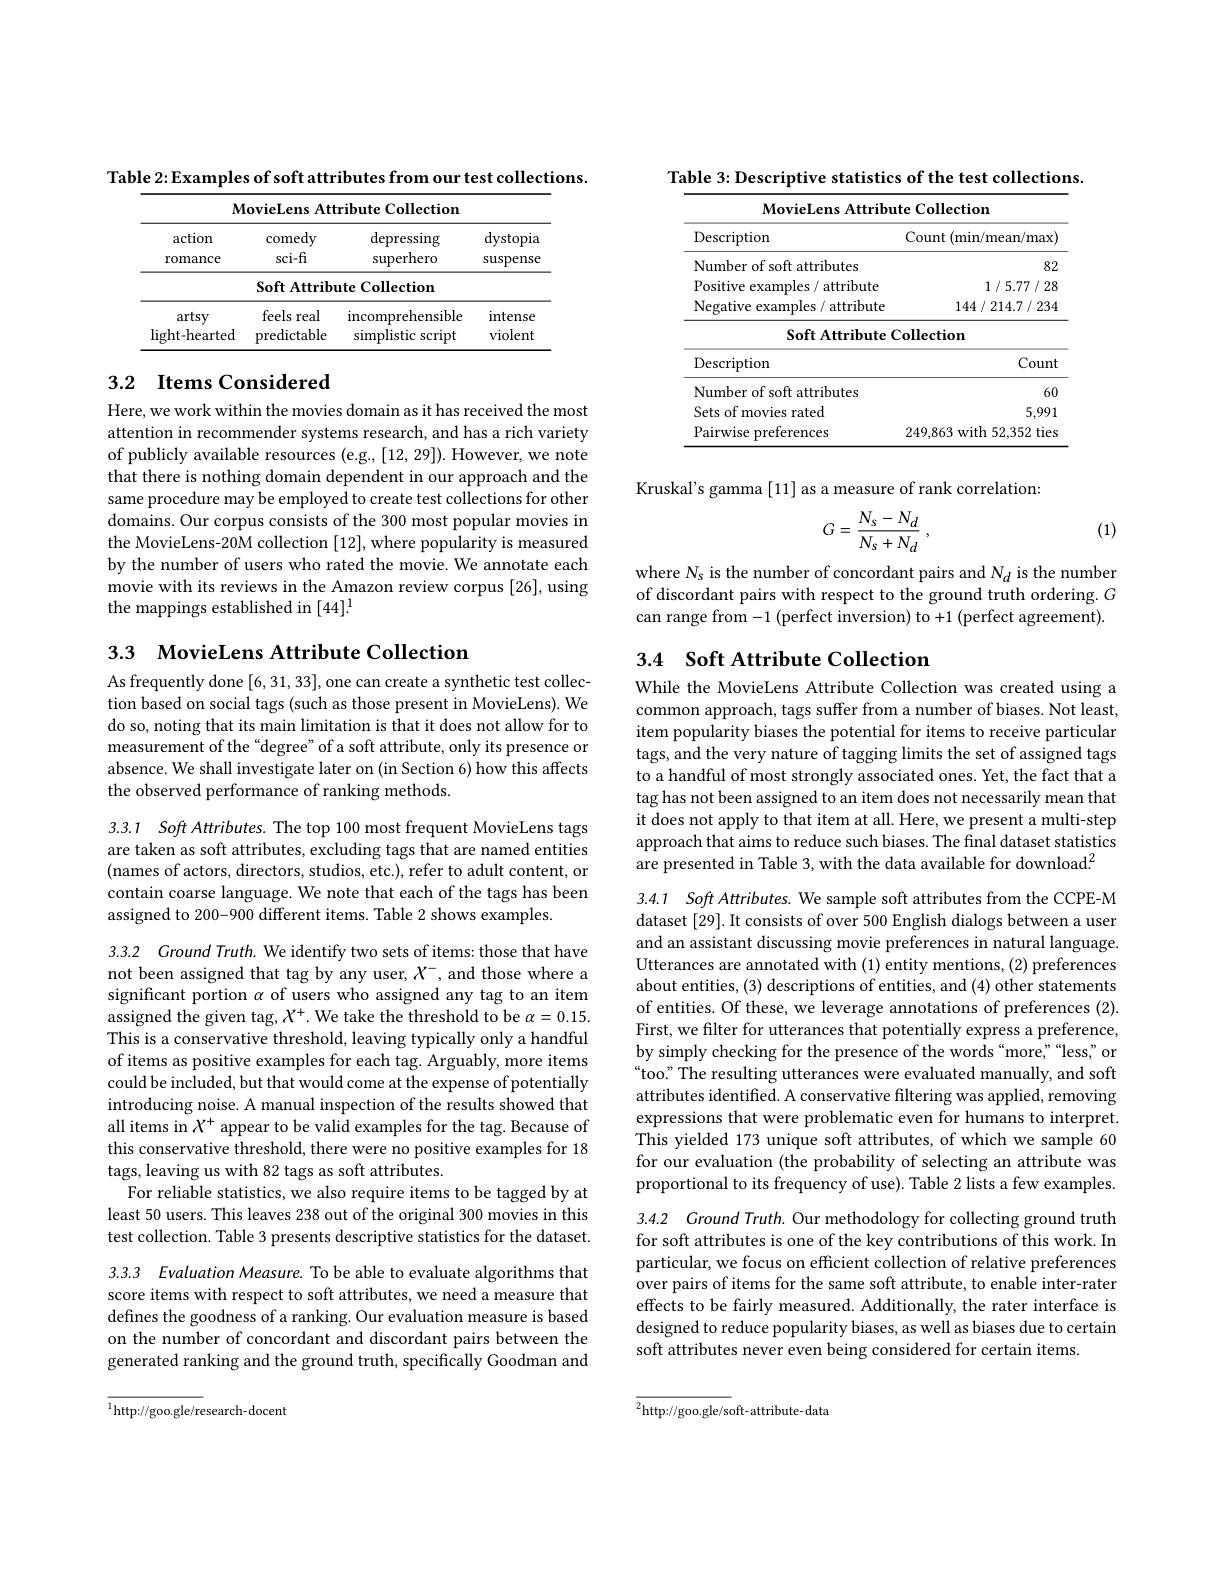
Table 2: Examples of soft attributes from our test collections.

<table>
	<tbody>
		<tr>
			<th colspan="4">MovieLens Attribute Collection</th>
		</tr>
		<tr>
			<td> </td>
			<td>$\mathbf{Soft~Attribr}$</td>
			<td>$\textbf{nte Collection}$</td>
			<td> </td>
		</tr>
		<tr>
			<td>artsy light- hearted</td>
			<td>feels real predictable</td>
			<td>incomprehensible simplistic script</td>
			<td>intense violent</td>
		</tr>
		<tr>
			<td>$\operatorname{light-hearted}$</td>
			<td>predictable</td>
			<td>simplistic script</td>
			<td>violent</td>
		</tr>
	</tbody>
</table>

## 3.2 Items Considered

Here, we work within the movies domain as it has received the most attention in recommender systems research, and has a rich variety of publicly available resources (e.g., [12, 29]). However, we note that there is nothing domain dependent in our approach and the same procedure may be employed to create test collections for other domains. Our corpus consists of the 300 most popular movies in the MovieLens-20M collection [12], where popularity is measured by the number of users who rated the movie. We annotate each movie with its reviews in the Amazon review corpus [26], using the mappings established in [44]!

3.3 $\textbf{MovieLens Attribute Collection}$

As frequently done [6,31,33], one can create a synthetic test collection based on social tags (such as those present in MovieLens). We do so, noting that its main limitation is that it does not allow for to measurement of the “degree" of a soft attribute, only its presence or absence. We shall investigate later on (in Section 6) how this affects the observed performance of ranking methods.

3.3.1 Soft Attributes. The top 100 most frequent MovieLens tags are taken as soft attributes, excluding tags that are named entities (names of actors, directors, studios, etc.), refer to adult content, or contain coarse language. We note that each of the tags has been assigned to 200-900 different items. Table 2 shows examples.

3.3.2 Cround Truth. We identify two sets of items: those that have not been assigned that tag by any user, $X^-$, and those where a significant portion $\alpha$ of users who assigned any tag to an item assigned the given tag, $X^+.$ We take the threshold to be $\alpha=0.15.$ This is a conservative threshold, leaving typically only a handful of items as positive examples for each tag. Arguably, more items could be included, but that would come at the expense of potentially introducing noise. A manual inspection of the results showed that all items in $X^+$ appear to be valid examples for the tag. Because of this conservative threshold, there were no positive examples for 18 tags, leaving us with 82 tags as soft attributes.
For reliable statistics, we also require items to be tagged by at least 50 users. This leaves 238 out of the original 300 movies in this test collection. Table 3 presents descriptive statistics for the dataset.

3.3.3 Evaluation Measure. To be able to evaluate algorithms that score items with respect to soft attributes, we need a measure that defines the goodness of a ranking. Our evaluation measure is based on the number of concordant and discordant pairs between the generated ranking and the ground truth, specifically Goodman and

$^{1}$http://goo.gle/research-docent

Table 3: Descriptive statistics of the test collections.

<table>
	<tbody>
		<tr>
			<th colspan="2">MovieLens Attribute Collection</th>
		</tr>
		<tr>
			<th>Description</th>
			<th>Count ( min/ mean/ max</th>
		</tr>
		<tr>
			<td>Number of soft attributes</td>
			<td>82</td>
		</tr>
		<tr>
			<td>Positive examples/ attribute</td>
			<td>1/5.77/28</td>
		</tr>
		<tr>
			<td>Negative examples/ attribute</td>
			<td>144/214.7/234</td>
		</tr>
		<tr>
			<td>Soft Attribute</td>
			<td>ollection</td>
		</tr>
		<tr>
			<td>Description</td>
			<td>Count</td>
		</tr>
		<tr>
			<td>Number of soft attributes</td>
			<td>60</td>
		</tr>
		<tr>
			<td>Sets of movies rated</td>
			<td>5,991</td>
		</tr>
		<tr>
			<td>Pairwise preferences</td>
			<td>249,863 with 52,352 ties</td>
		</tr>
	</tbody>
</table>

Kruskal's gamma [11] as a measure of rank correlation

(1)
$$G=\frac{N_s-N_d}{N_s+N_d}\:,$$
where Ns is the number of concordant pairs and N$_d$ is the number of discordant pairs with respect to the ground truth ordering. $G$ can range from$- 1\allowbreak ( {\mathrm{mod}} $to+1)(perfect inversion) to$+ 1\allowbreak ( {\mathrm{mod}} $s)

# 3.4 Soft Attribute Collection

While the MovieLens Attribute Collection was created using a common approach, tags suffer from a number of biases. Not least, item popularity biases the potential for items to receive particular tags, and the very nature of tagging limits the set of assigned tags to a handful of most strongly associated ones. Yet, the fact that a tag has not been assigned to an item does not necessarily mean that it does not apply to that item at all. Here, we present a multi-step approach that aims to reduce such biases. The final dataset statistics are presented in Table 3, with the data available for download.$^2$

3.4.1 Soft Attributes. We sample soft attributes from the CCPE-M dataset [29]. It consists of over 500 English dialogs between a user and an assistant discussing movie preferences in natural language. Utterances are annotated with (1) entity mentions, (2) preferences about entities, (3) descriptions of entities, and (4) other statements of entities. Of these, we leverage annotations of preferences (2). First, we filter for utterances that potentially express a preference, by simply checking for the presence of the words “more,”“less,”or “too.” The resulting utterances were evaluated manually, and soft attributes identified. A conservative filtering was applied, removing expressions that were problematic even for humans to interpret. This yielded 173 unique soft attributes, of which we sample 60 for our evaluation (the probability of selecting an attribute was proportional to its frequency of use). Table 2 lists a few examples.

3.4.2 Ground Truth. Our methodology for collecting ground truth for soft attributes is one of the key contributions of this work. In particular, we focus on efficient collection of relative preferences over pairs of items for the same soft attribute, to enable inter-rater effects to be fairly measured. Additionally, the rater interface is designed to reduce popularity biases, as well as biases due to certain soft attributes never even being considered for certain items.

$^2$http://goo.gle/soft-attribute-data